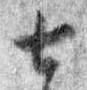
七